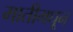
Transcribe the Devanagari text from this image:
मातीमधून